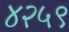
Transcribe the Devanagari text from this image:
४२५९